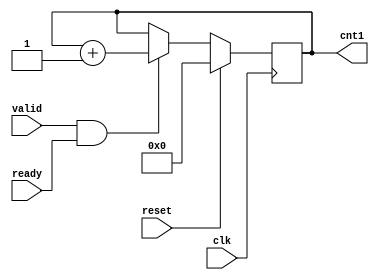
module counter1 #(
    parameter CNT_WIDTH = 32
)(
  input clk,
  input reset,
  input valid,
  input ready,
  output reg [CNT_WIDTH-1:0] cnt1
);



always@(posedge clk) begin
  if (reset)
    cnt1 <= 0;
  else if(valid && ready)
    cnt1 <= cnt1 + 1;
  else
    cnt1 <= cnt1;
end


endmodule